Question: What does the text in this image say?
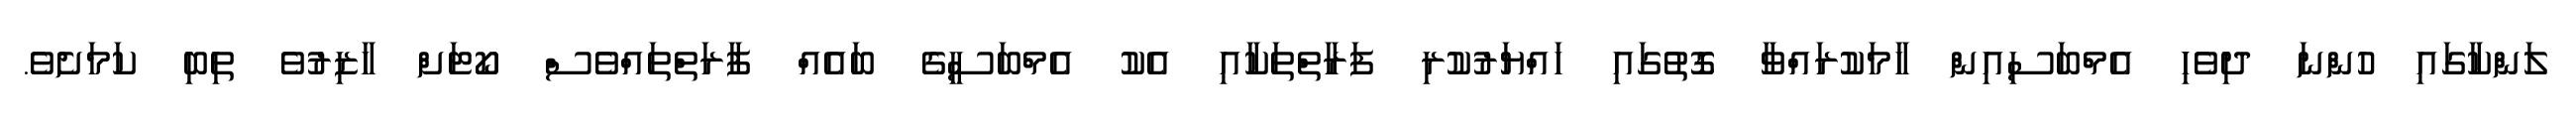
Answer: ލަންކާގައި ހުންނަ ދިވެހި އެމްބަސިއިން ހާމަކުރައްވާ ގޮތުގައި ހައްޔަރުކުރި ފަރާތްތަކާއި އެކު އެމްބަސީގެ ބައެއް ފާރަތްތައްވެސް ކޯޓަށް ހާޒިރުވެ ތިބި ކަމަށެވެ.